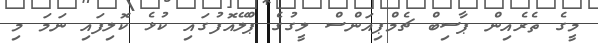
މީގެ ތެރެއިން ޕާސިބް ޗެމްޕިއަންސް ލީގުގެ ޕްލޭއޮފުގައި ކުޅެ ކޮލިފައި ނަމަ މި